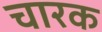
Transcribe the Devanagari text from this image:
चारक